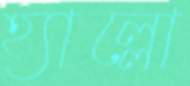
হ্যাল্লো